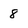
Character: 8